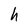
Character: h